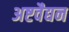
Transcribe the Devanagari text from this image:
अष्टवैद्यन